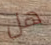
هل